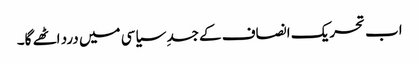
اب تحریک انصاف کے جسدِ سیاسی میں درد اٹھے گا۔